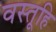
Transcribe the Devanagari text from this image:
वस्तूहि